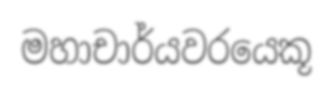
මහාචාර්යවරයෙකූ